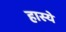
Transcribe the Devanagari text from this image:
हास्ये